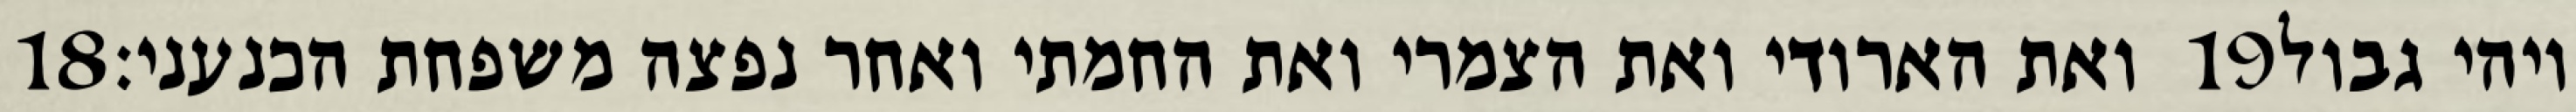
‎18‏ ואת הארודי ואת הצמרי ואת החמתי ואחר נפצה משפחת הכנעני׃ ‎19‏ ויהי גבול